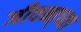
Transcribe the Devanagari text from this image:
जीवना्च्या